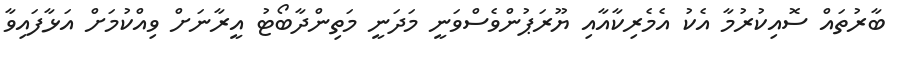
ބާރުތައް ސޮއިކުރުމާ އެކު އެމެރިކާއާއި ޔޫރަޕުންވެސްވަނީ މަދަނީ މަތިންދާބޯޓު އީރާނަށް ވިއްކުމަށް އަޅާފައިވާ